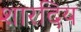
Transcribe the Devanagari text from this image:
शारदिय